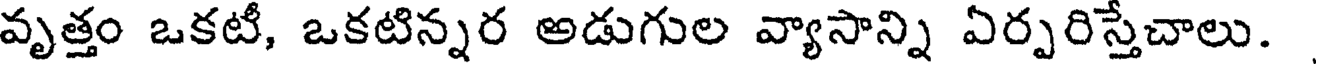
వృత్తం ఒకటీ, ఒకటిన్నర అడుగుల వ్యాసాన్ని ఏర్పరిస్తేచాలు.